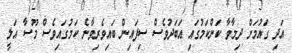
އަދި ގައުމަށް ދިމާވާ ކަންކަމުގައި އަބަދުވެސް ސިފައިން ބައިވެރިވާނެ ކަމުގައިވެސް މޫސާ އަލީ